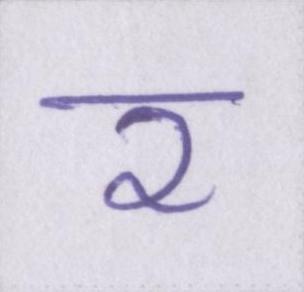
र